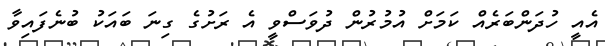
އެއީ ހުދަންބަރެއް ކަމަށް އުމުރުން ދުވަސްވީ އެ ރަށުގެ ގިނަ ބައަކު ބުނެފައިވާ